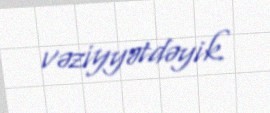
vəziyyətdəyik.